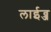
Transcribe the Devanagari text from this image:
लाईव्ज